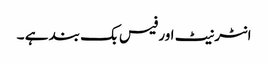
انٹرنیٹ اور فیس بک بند ہے ۔